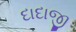
દાદાજી